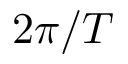
2 \pi / T